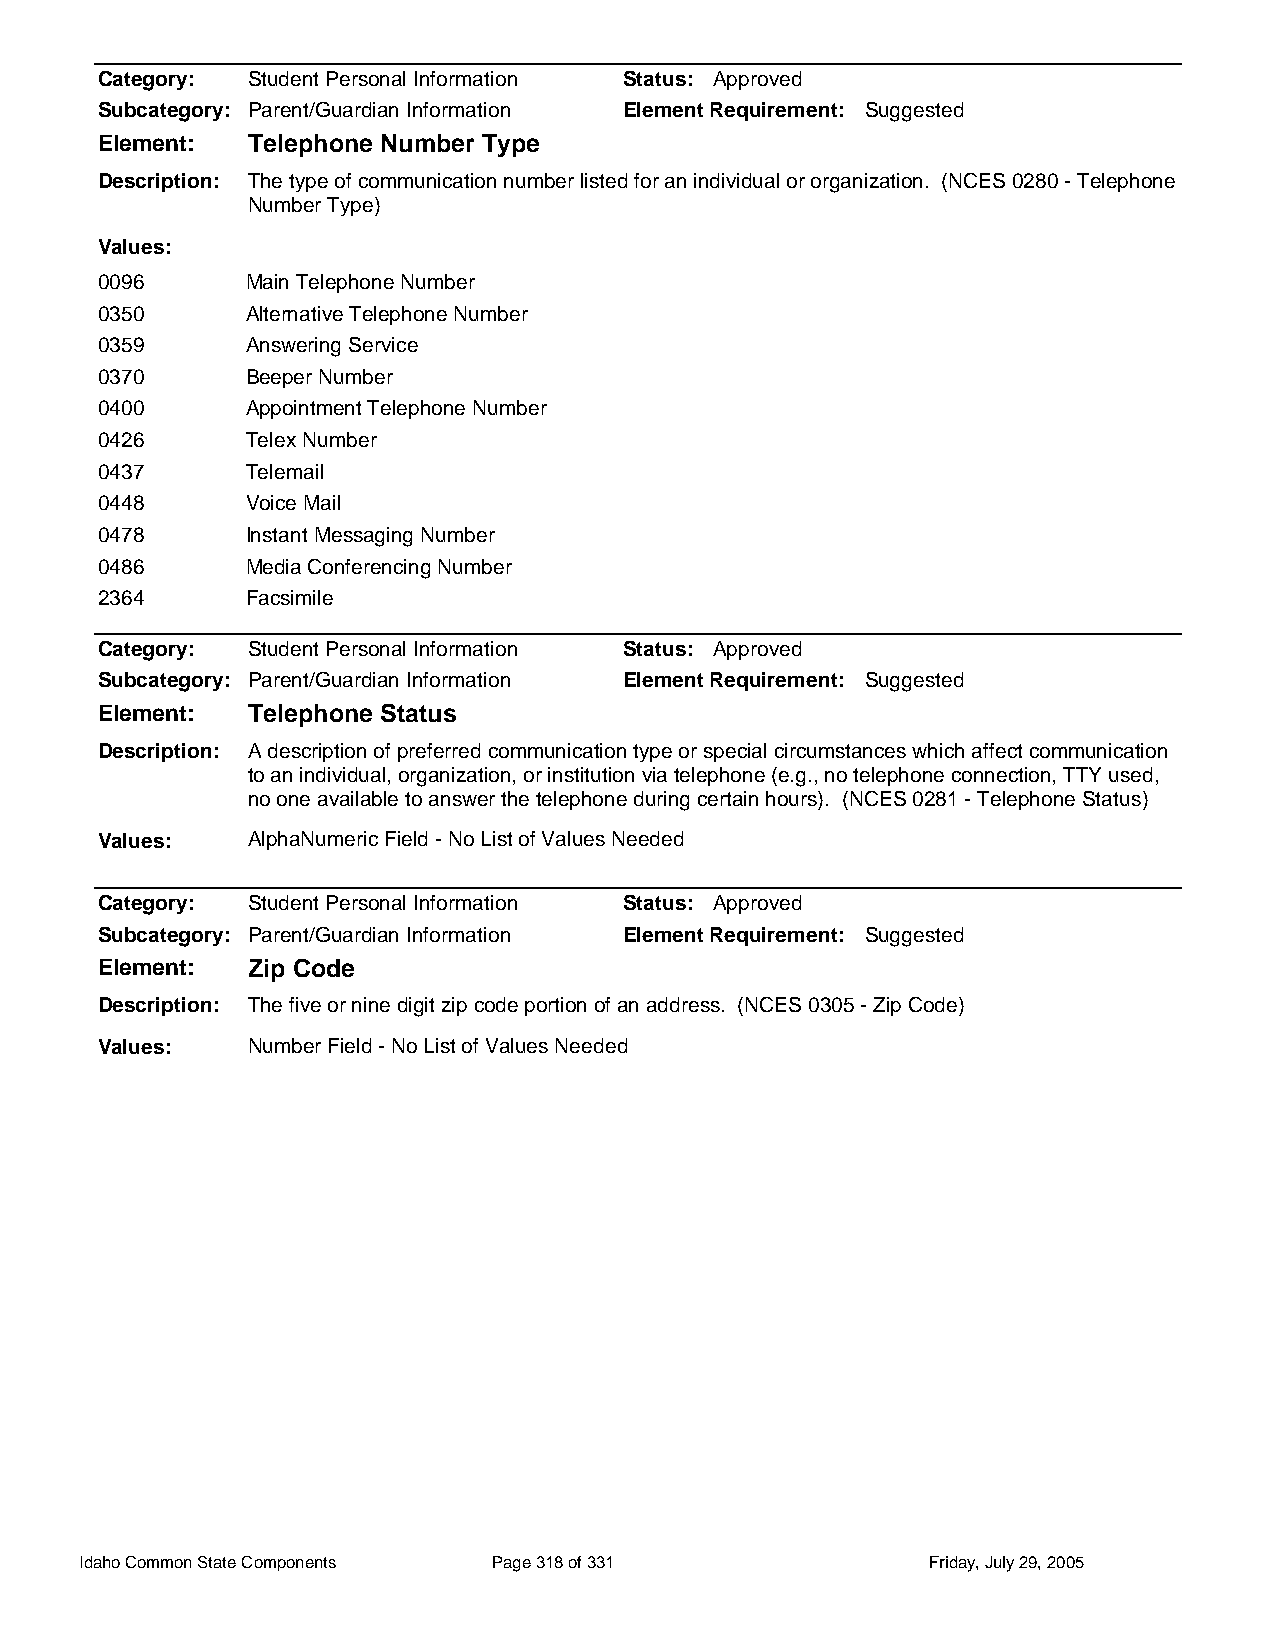
Category: Student Personal Information Status: Approved
 Subcategory: Parent/Guardian Information Element Requirement: Suggested
 Element:  Telephone Number Type
 Description: The type of communication number listed for an individual or organization. (NCES 0280 - Telephone
 Number Type)
 Values:
 0096      Main Telephone Number
 0350      Alternative Telephone Number
 0359      Answering Service
 0370      Beeper Number
 0400      Appointment Telephone Number
 0426      Telex Number
 0437      Telemail
 0448      Voice Mail
 0478      Instant Messaging Number
 0486      Media Conferencing Number
 2364      Facsimile
 Category: Student Personal Information Status: Approved
 Subcategory: Parent/Guardian Information Element Requirement: Suggested
 Element:  Telephone Status
 Description: A description of preferred communication type or special circumstances which affect communication
 to an individual, organization, or institution via telephone (e.g., no telephone connection, TTY used,
 no one available to answer the telephone during certain hours). (NCES 0281 - Telephone Status)
 Values:   AlphaNumeric Field - No List of Values Needed
 Category: Student Personal Information Status: Approved
 Subcategory: Parent/Guardian Information Element Requirement: Suggested
 Element:  Zip Code
 Description: The five or nine digit zip code portion of an address. (NCES 0305 - Zip Code)
 Values:   Number Field - No List of Values Needed
 Idaho Common State Components Page 318 of 331           Friday, July 29, 2005